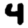
Digit: 4